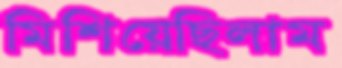
মিশিয়েছিলাম